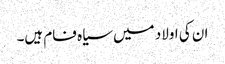
ان کی اولاد میں سیاہ فام ہیں۔